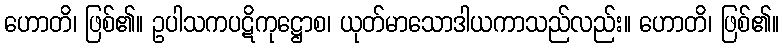
ဟောတိ၊ ဖြစ်၏။ ဥပါသကပဋိကုဋ္ဌောစ၊ ယုတ်မာသောဒါယကာသည်လည်း။ ဟောတိ၊ ဖြစ်၏။